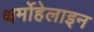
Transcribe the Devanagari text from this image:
थर्मोहेलाइन